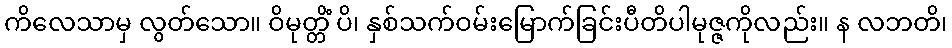
ကိလေသာမှ လွတ်သော။ ဝိမုတ္တိံ ပိ၊ နှစ်သက်ဝမ်းမြောက်ခြင်းပီတိပါမုဇ္ဇကိုလည်း။ န လဘတိ၊